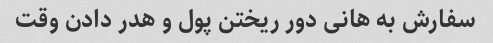
سفارش به هانی دور ریختن پول و هدر دادن وقت